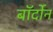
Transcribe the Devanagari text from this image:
बॉर्दोन